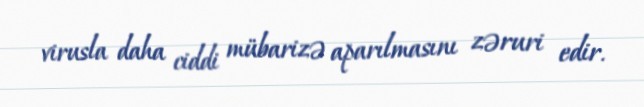
virusla daha ciddi mübarizə aparılmasını zəruri edir.